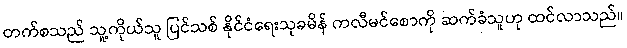
တက်စသည် သူ့ကိုယ်သူ ပြင်သစ် နိုင်ငံရေးသုခမိန် ကလီမင်စောကို ဆက်ခံသူဟု ထင်လာသည်။